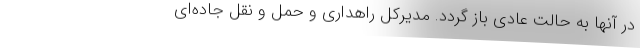
در آنها به حالت عادی باز گردد. مدیرکل راهداری و حمل و نقل جاده‌ای